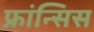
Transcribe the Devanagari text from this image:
फ्रांन्सिस